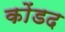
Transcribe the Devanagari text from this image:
कोंडद